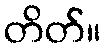
တိတ်။